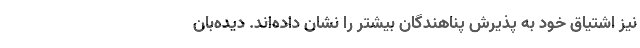
نیز اشتیاق خود به پذیرش پناهندگان بیشتر را نشان داده‌اند. دیده‌بان